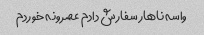
واسه ناهار سفارش دادم عصرونه خوردم